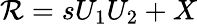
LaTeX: \mathcal{R}=sU_{1}U_{2}+X